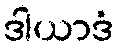
ဒါယာဒံ